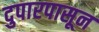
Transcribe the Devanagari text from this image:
दुपारपासून